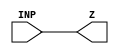
module DELLN3X2 (INP,Z);
	input INP;
	output Z;
	assign Z  = INP;
endmodule